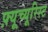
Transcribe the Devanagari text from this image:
फ़्यूच्यूरिस्ट